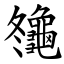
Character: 䶱